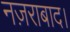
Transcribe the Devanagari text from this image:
नज़राबाद।